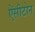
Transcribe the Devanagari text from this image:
ऐंसीटोन